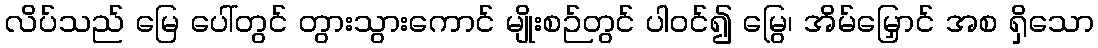
လိပ်သည် မြေ ပေါ်တွင် တွားသွားကောင် မျိုးစဉ်တွင် ပါဝင်၍ မြွေ၊ အိမ်မြှောင် အစ ရှိသော